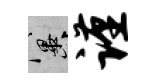
冀谨